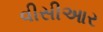
વીસીઆર